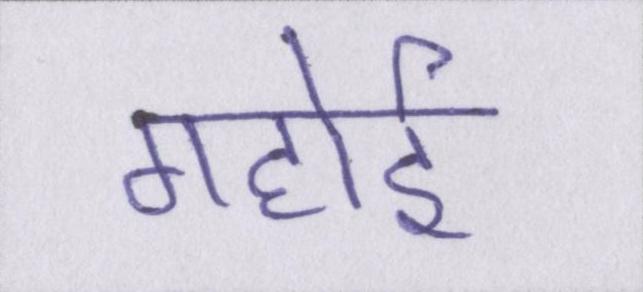
गहोई